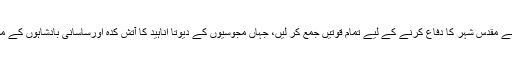
ہربز نے اپنے مقدس شہر کا دفاع کرنے کے لیے تمام قوتیں جمع کر لیں، جہاں مجوسیوں کے دیوتا اناہید کا آتش کدہ اورساسانی بادشاہوں کے مقبرے تھے۔